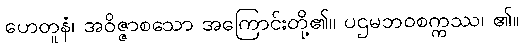
ဟေတူနံ၊ အဝိဇ္ဇာစသော အကြောင်းတို့၏။ ပဌမဘဝစက္ကဿ၊ ၏။